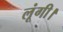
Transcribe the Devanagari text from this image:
लूंगी।